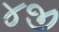
૪જી